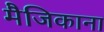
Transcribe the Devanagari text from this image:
मैजिकाना